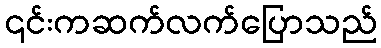
၎င်းကဆက်လက်ပြောသည်